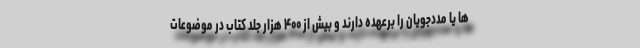
ها یا مددجویان را برعهده دارند و بیش از ۴۰۰ هزار جلد کتاب در موضوعات